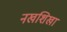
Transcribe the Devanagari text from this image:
नखशिखा